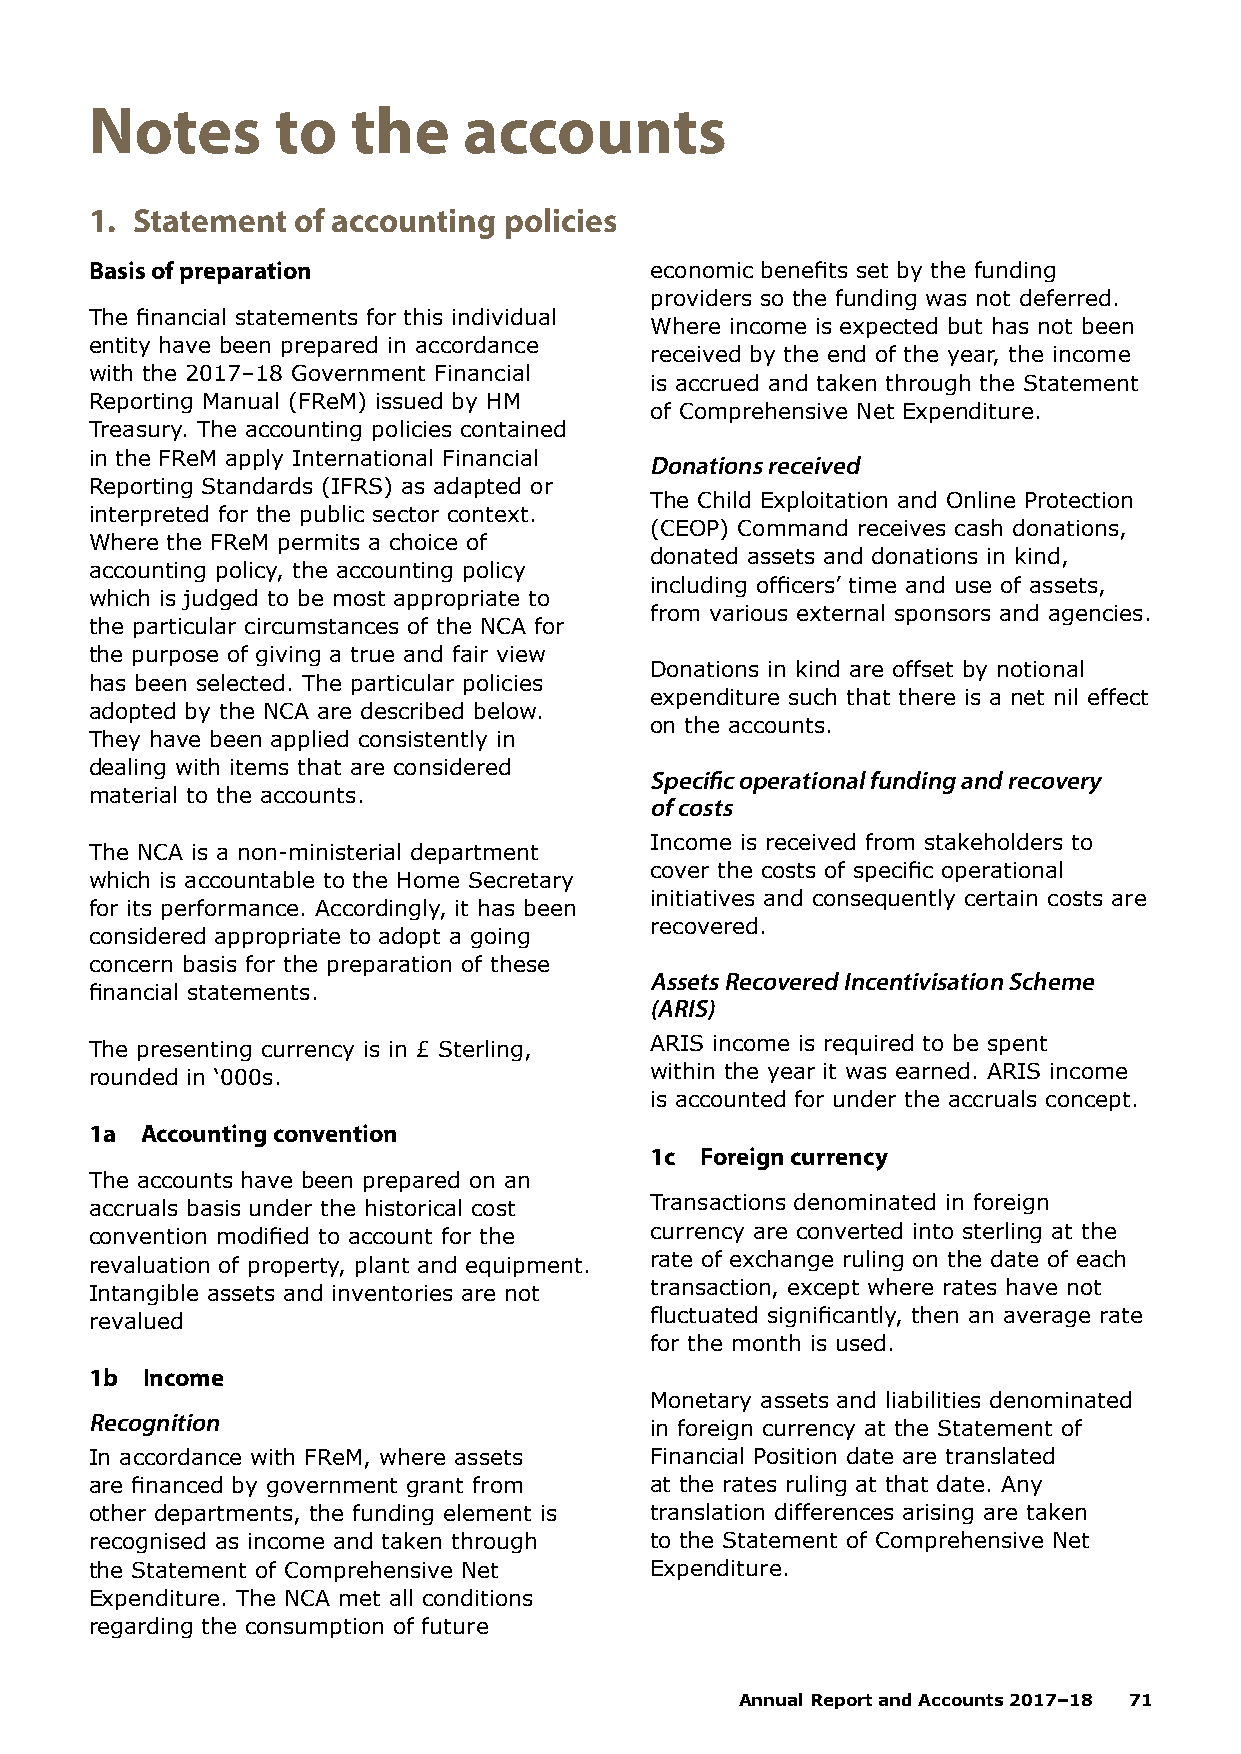
Notes       to   the     accounts
 1. Statement of accounting policies
 Basis of preparation                 economic benefits set by the funding
 providers so the funding was not deferred.
 The financial statements for this individual
 Where income is expected but has not been
 entity have been prepared in accordance
 received by the end of the year, the income
 with the 2017–18 Government Financial
 is accrued and taken through the Statement
 Reporting Manual (FReM) issued by HM
 of Comprehensive Net Expenditure.
 Treasury. The accounting policies contained
 in the FReM apply International Financial Donations received
 Reporting Standards (IFRS) as adapted or
 The Child Exploitation and Online Protection
 interpreted for the public sector context.
 (CEOP) Command receives cash donations,
 Where the FReM permits a choice of
 donated assets and donations in kind,
 accounting policy, the accounting policy
 including officers’ time and use of assets,
 which is judged to be most appropriate to
 from various external sponsors and agencies.
 the particular circumstances of the NCA for
 the purpose of giving a true and fair view
 Donations in kind are offset by notional
 has been selected. The particular policies
 expenditure such that there is a net nil effect
 adopted by the NCA are described below.
 on the accounts.
 They have been applied consistently in
 dealing with items that are considered
 Specific operational funding and recovery
 material to the accounts.
 of costs
 Income is received from stakeholders to
 The NCA is a non-ministerial department
 cover the costs of specific operational
 which is accountable to the Home Secretary
 initiatives and consequently certain costs are
 for its performance. Accordingly, it has been
 recovered.
 considered appropriate to adopt a going
 concern basis for the preparation of these
 Assets Recovered Incentivisation Scheme
 financial statements.
 (ARIS)
 The presenting currency is in £ Sterling, ARIS income is required to be spent
 rounded in ‘000s.                    within the year it was earned. ARIS income
 is accounted for under the accruals concept.
 1a Accounting convention
 1c Foreign currency
 The accounts have been prepared on an
 accruals basis under the historical cost Transactions denominated in foreign
 convention modified to account for the currency are converted into sterling at the
 revaluation of property, plant and equipment. rate of exchange ruling on the date of each
 Intangible assets and inventories are not transaction, except where rates have not
 revalued                             fluctuated significantly, then an average rate
 for the month is used.
 1b Income
 Monetary assets and liabilities denominated
 Recognition
 in foreign currency at the Statement of
 In accordance with FReM, where assets Financial Position date are translated
 are financed by government grant from at the rates ruling at that date. Any
 other departments, the funding element is translation differences arising are taken
 recognised as income and taken through to the Statement of Comprehensive Net
 the Statement of Comprehensive Net   Expenditure.
 Expenditure. The NCA met all conditions
 regarding the consumption of future
 Annual Report and Accounts 2017–18 71